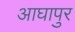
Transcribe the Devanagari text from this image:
आघापुर